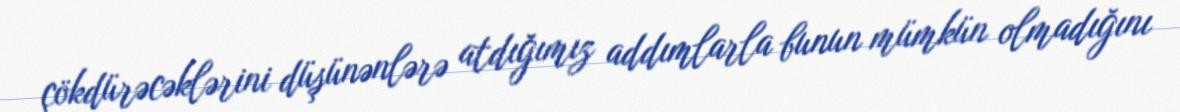
çökdürəcəklərini düşünənlərə atdığımız addımlarla bunun mümkün olmadığını